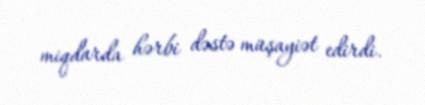
miqdarda hərbi dəstə müşayiət edirdi.